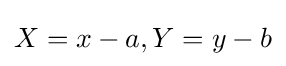
X=x-a,Y=y-b